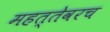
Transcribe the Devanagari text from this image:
महत्तेवरच